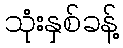
သုံးနှစ်ခန့်